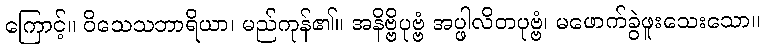
ကြောင့်။ ဝိသေသဘာရိယာ၊ မည်ကုန်၏။ အနိဗ္ဗိပုဗ္ဗံ အပ္ဖါလိတပုဗ္ဗံ၊ မဖောက်ခွဲဖူးသေးသော။